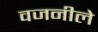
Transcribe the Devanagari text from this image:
वजनीले